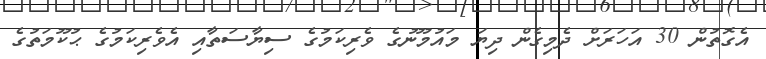
އެގޮތުން 30 އަހަރަށް ދެމިގެން ދިޔަ މައުމޫނުގެ ވެރިކަމުގެ ސިޔާސަތާއި އެވެރިކަމުގެ ޙުކޫމަތުގެ